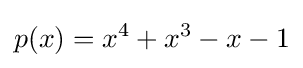
p(x)=x^{4}+x^{3}-x-1